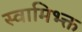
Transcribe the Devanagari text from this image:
स्वामिभ्क्त